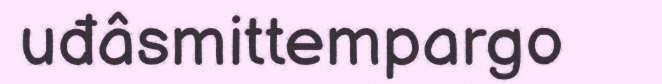
uđâsmittempargo